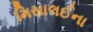
મિસાલઈના